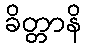
ခိတ္တာနိ